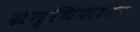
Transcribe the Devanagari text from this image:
ग्रन्थिशास्त्र